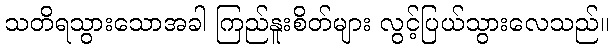
သတိရသွားသောအခါ ကြည်နူးစိတ်များ လွင့်ပြယ်သွားလေသည်။